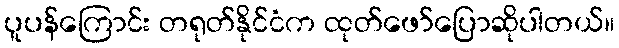
ပူပန်ကြောင်း တရုတ်နိုင်ငံက ထုတ်ဖော်ပြောဆိုပါတယ်။